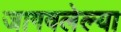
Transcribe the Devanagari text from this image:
जागवलेल्या